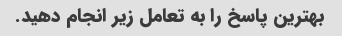
بهترین پاسخ را به تعامل زیر انجام دهید.